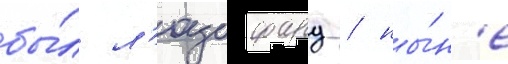
бы́л л'юцифард / ны́н'е